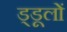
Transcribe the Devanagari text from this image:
ड्डूलों